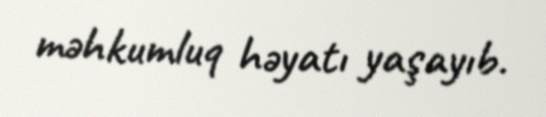
məhkumluq həyatı yaşayıb.